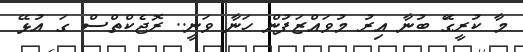
މާ ކުރީގަޭ ބުނާ އިރު މުވައްޒަފުން ހަނާ ވަނީ.. ރޮޖެކްތްސް ގަ އުޅޭ